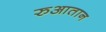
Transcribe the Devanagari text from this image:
रुआतान